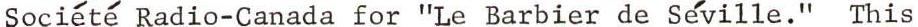
Société Radio-Canada for "Le Barbier de Séville." This